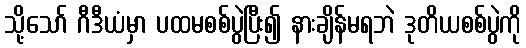
သို့သော် ဂီဒီယံမှာ ပထမစစ်ပွဲပြီး၍ နားချိန်မရဘဲ ဒုတိယစစ်ပွဲကို